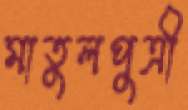
মাতুলপুত্রী